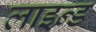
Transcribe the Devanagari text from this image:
लाइन्‍ड